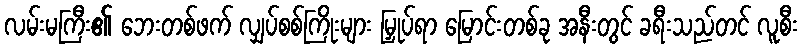
လမ်းမကြီး၏ ဘေးတစ်ဖက် လျှပ်စစ်ကြိုးများ မြှုပ်ရာ မြောင်းတစ်ခု အနီးတွင် ခရီးသည်တင် လူစီး